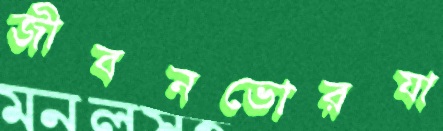
জীবনভোরযা